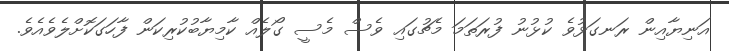
އަނިޔާއިން ރަނގަޅުވެ ކުޅުނު ފުރަތަމަ މެޗުގައި ވެސް މެސީ ގޯލެއް ކާމިޔާބުކުރިކަން ފާހަގަކޮށްލެވެއެވެ.